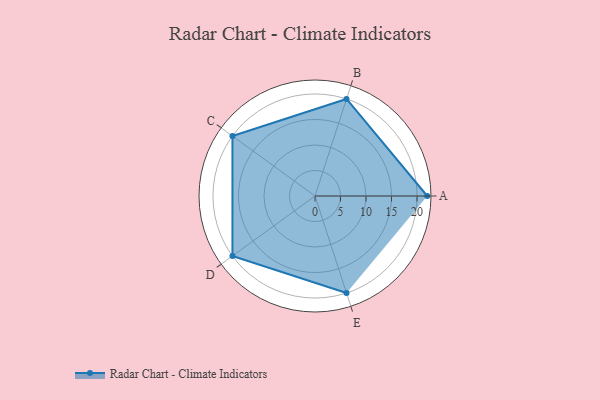
{"axis": {"x": "Skill", "y": "Score"}, "legend": ["Profile"], "data": [{"x": "A", "y": 22.0, "type": "Profile"}, {"x": "B", "y": 20.0, "type": "Profile"}, {"x": "C", "y": 20, "type": "Profile"}, {"x": "D", "y": 20, "type": "Profile"}, {"x": "E", "y": 20, "type": "Profile"}]}